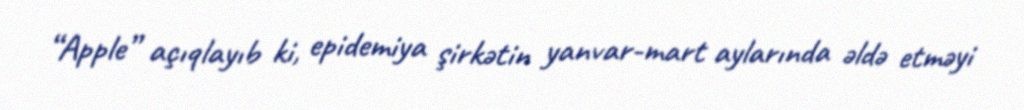
“Apple” açıqlayıb ki, epidemiya şirkətin yanvar-mart aylarında əldə etməyi